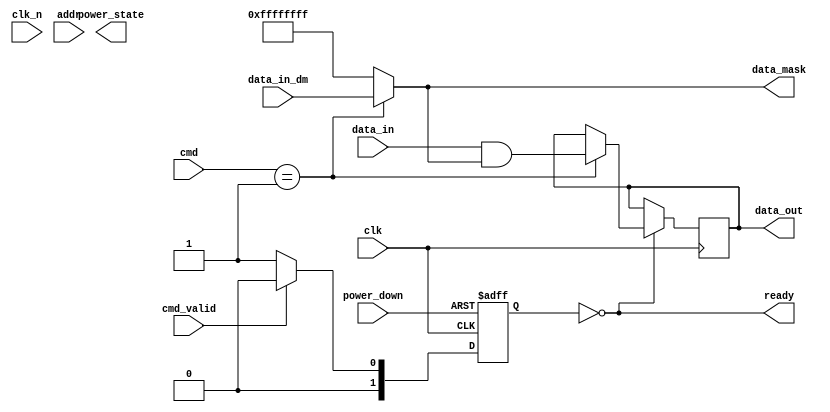
module lpddr_io_block #(
    parameter DATA_WIDTH = 32,            // Data bus width (16, 32, 64)
    parameter ADDR_WIDTH = 12              // Address width
)(
    input wire clk,                        // Clock signal
    input wire clk_n,                      // Inverted clock signal (differential)
    input wire [DATA_WIDTH-1:0] data_in,  // Data input signals
    output wire [DATA_WIDTH-1:0] data_out, // Data output signals
    input wire [ADDR_WIDTH-1:0] addr,     // Address signals
    input wire cmd_valid,                  // Command valid signal
    input wire [2:0] cmd,                  // Command signals (e.g., read, write)
    output wire ready,                     // Ready signal
    output wire [DATA_WIDTH-1:0] data_mask, // Data mask for write operations
    input wire power_down,                 // Power down signal
    output wire power_state,               // Current power state
    input wire [DATA_WIDTH-1:0] data_in_dm // Data mask input signals
);

    // State definitions
    reg [1:0] power_state_r;
    localparam POWER_ACTIVE = 2'b00,
               POWER_STANDBY = 2'b01,
               POWER_SLEEP = 2'b10;

    // Input Buffer
    wire [DATA_WIDTH-1:0] buffered_data_in;
    reg  [DATA_WIDTH-1:0] buffered_data_out;
    
    assign ready = (power_state_r == POWER_ACTIVE);
    assign data_out = buffered_data_out;

    // Power Control Unit
    always @(posedge clk or negedge power_down) begin
        if (!power_down) 
            power_state_r <= POWER_SLEEP;
        else begin
            if (cmd_valid)
                power_state_r <= POWER_ACTIVE;
            else
                power_state_r <= POWER_STANDBY; 
        end
    end

    // Clock management (for simplicity, using global clock)
    wire clk_enable = (power_state_r == POWER_ACTIVE);
    // Internal clock logic can go here if needed

    // Output Buffer
    always @(posedge clk) begin
        if (clk_enable) begin
            case (cmd)
                3'b000: // No operation
                    buffered_data_out <= buffered_data_out;
                3'b001: // Write command
                    buffered_data_out <= data_in & data_mask; // Apply data mask
                3'b010: // Read command
                    // Logic to read data could be added here
                    buffered_data_out <= buffered_data_out; // Placeholder
                default: 
                    buffered_data_out <= buffered_data_out;   
            endcase
        end
    end

    // Data Masking Implementation
    assign data_mask = (cmd == 3'b001) ? data_in_dm : {DATA_WIDTH{1'b1}}; // All bits enabled for non-write commands

endmodule